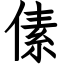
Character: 傃